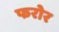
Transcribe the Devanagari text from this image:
फरोर